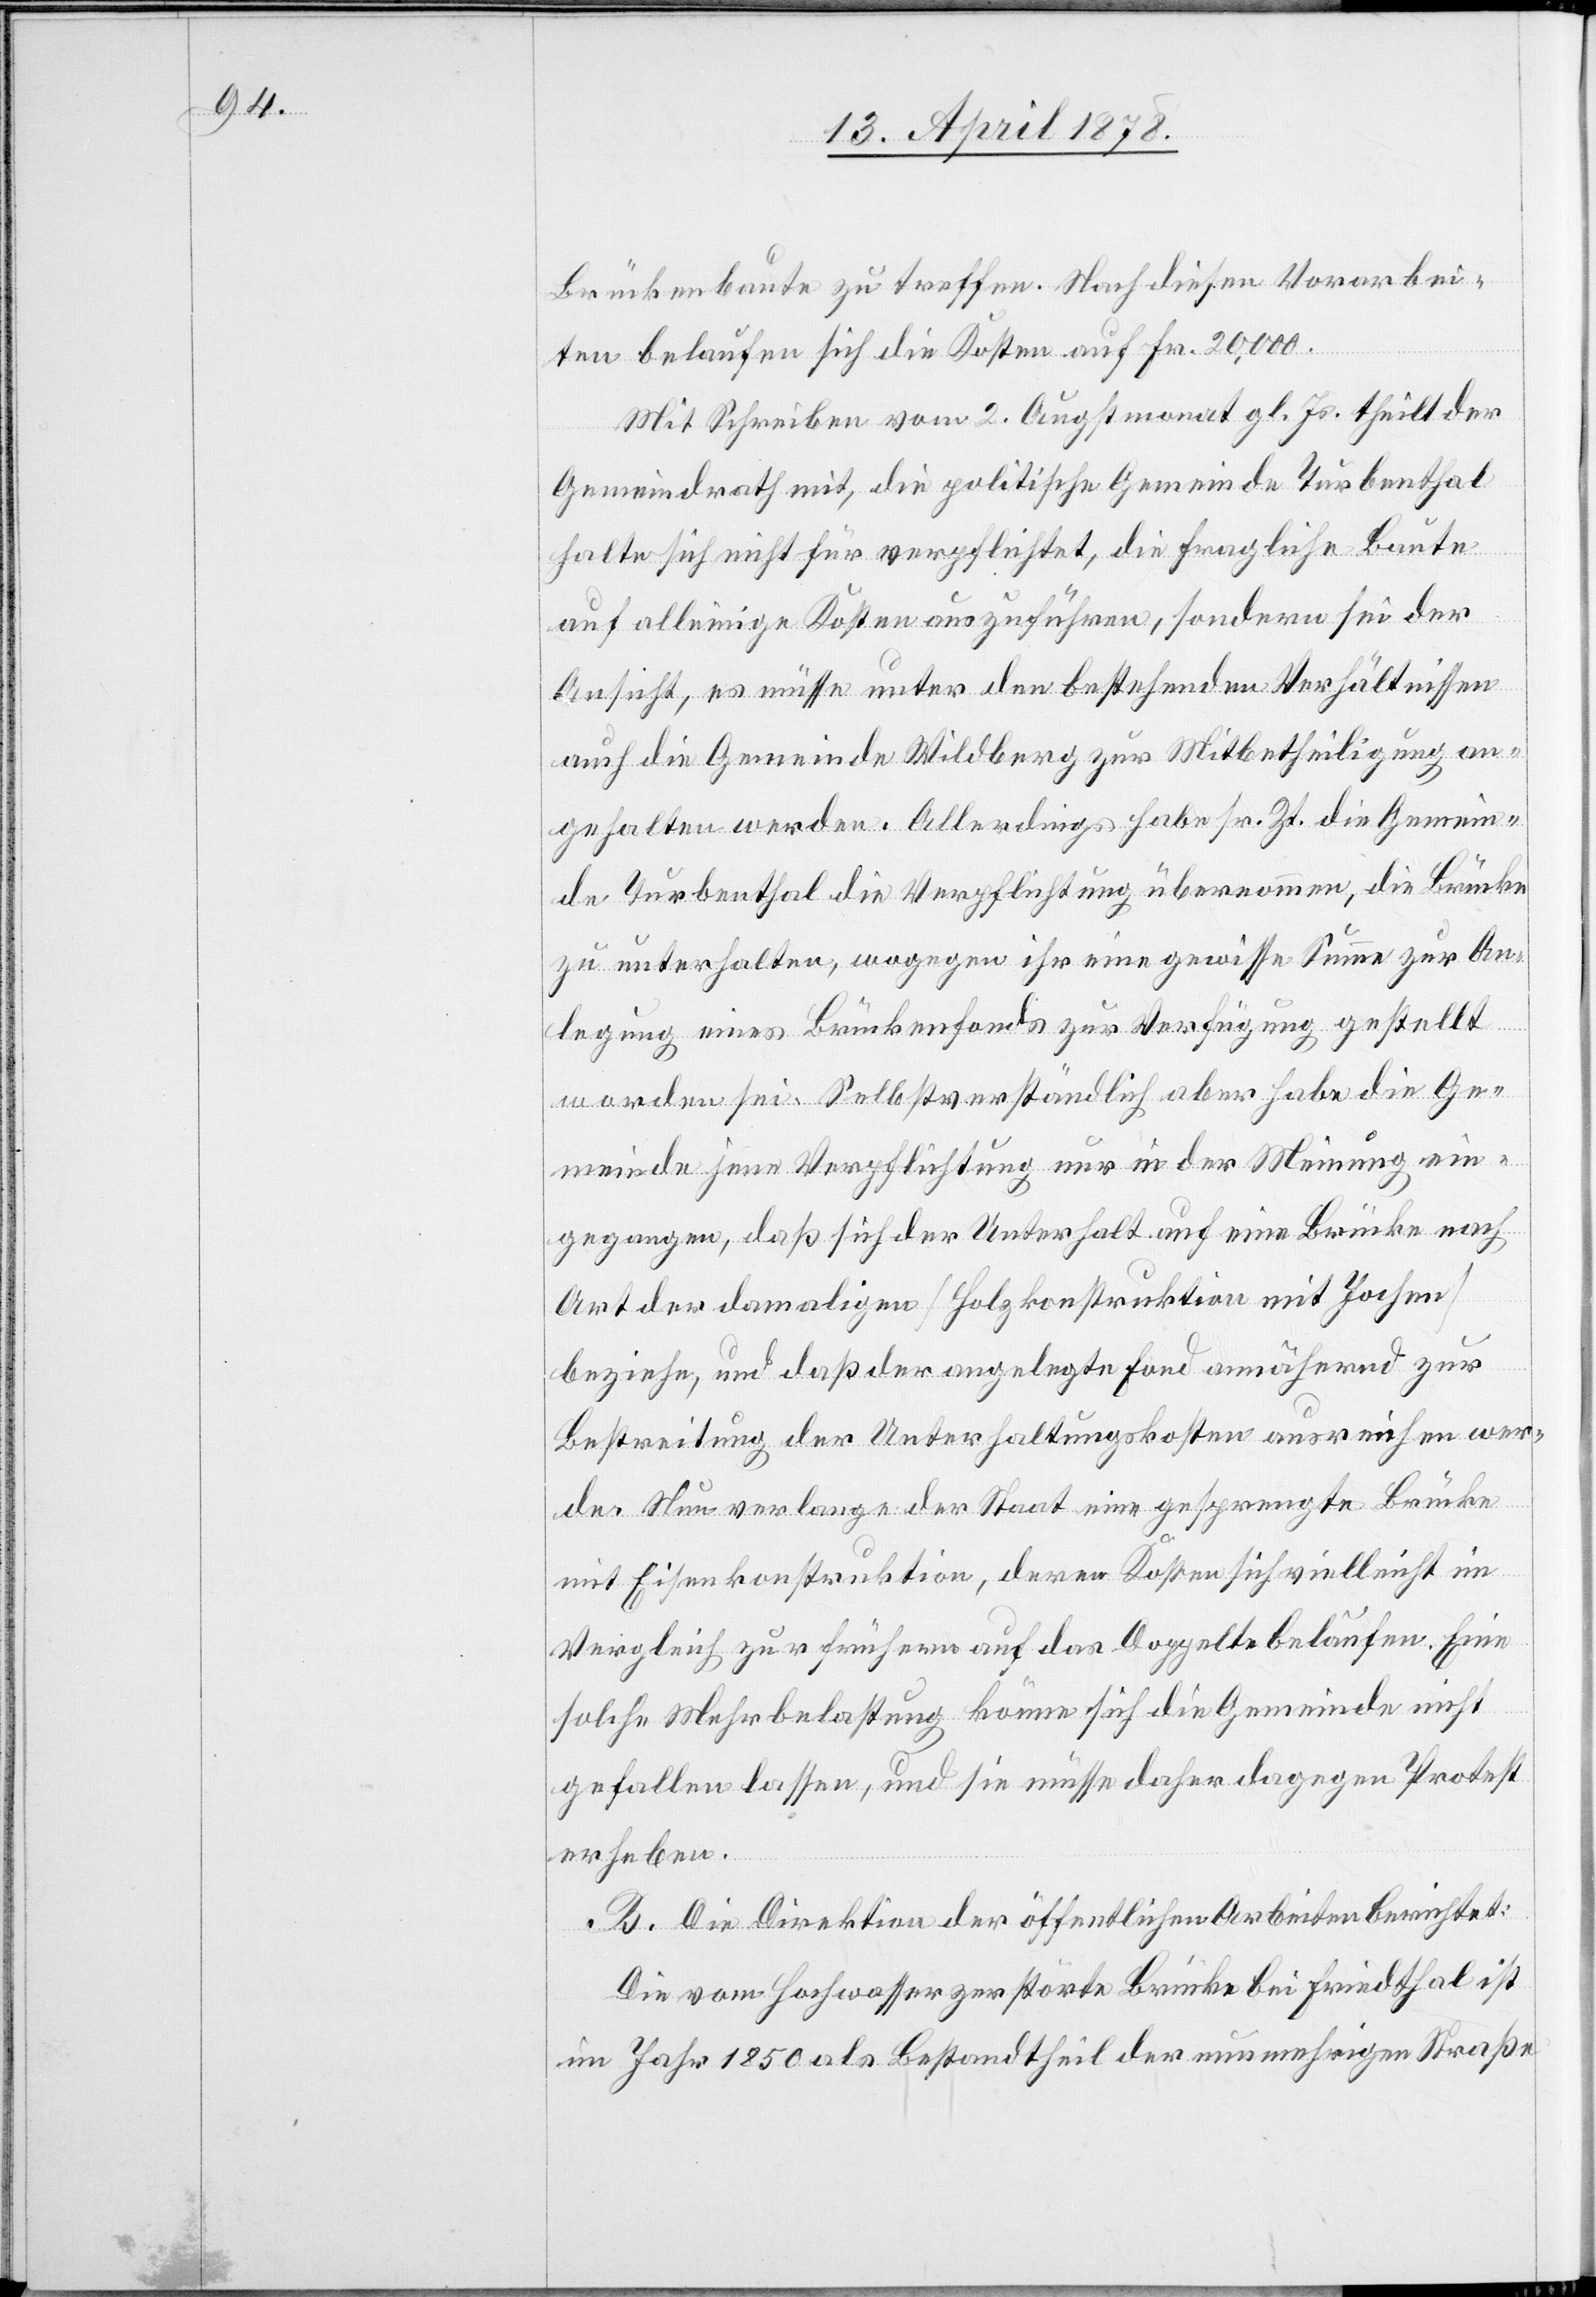
Brückenbaute zu treffen. Nach diesen Vorarbei¬
Ge¬
ten belaufen sich die Kosten auf Fr. 20,000.
Mit Schreiben vom 2. Augstmonat gl. Js. theilt der
Gemeindrath mit, die politische Gemeinde Turbenthal
halte sich nicht für verpflichtet, die fragliche Baute
auf alleinige Kosten auszuführen, sondern sei der
Ansicht, es müsse unter den bestehenden Verhältnissen
auch die Gemeinde Wildberg zur Mitbetheiligung an¬
gehalten werden. Allerdings habe sr. Zr. die Gemein¬
de Turbenthal die Verpflichtung übernommen, die Brücke
zu unterhalten, wogegen ihr eine gewisse Summe zur An¬
legung eines Brückenfonds zur Verfügung gestellt
worden sei. Selbstverständlich aber habe [recte:
meinde jene Verpflichtung nur in der Meinung ein¬
gegangen, daß sich der Unterhalt auf eine Brücke nach
Art der damaligen (Holzkonstruktion mit Jochen)
beziehe, und daß der angelegte Fond annähernd zur
Bestreitung der Unterhaltungskosten ausreichen wer¬
de. Nun verlange der Staat eine gesprengte Brücke
mit Eisenbahnkonstruktion, deren Kosten sich vielleicht im
Vergleich zur frühern auf das Doppelte belaufen. Eine
solche Mehrbelastung könne sich die Gemeinde nicht
gefallen lassen, und sie müsse daher dagegen Protest
erheben.
B. Die Direktion der öffentlichen Arbeiten berichtet:
Die vom Hochwasser zerstörte Brücke bei Friedthal ist
im Jahr 1850 als Bestandtheil der nunmehrigen Straße